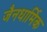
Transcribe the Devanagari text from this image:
जैनधार्मिक